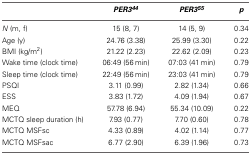
<table><thead><tr><td></td><td><b><i>PER3<sup>44</sup></i></b></td><td><b><i>PER3<sup>55</sup></i></b></td><td><b><i>p</i></b></td></tr></thead><tbody><tr><td><i>N</i> (m, f)</td><td>15 (8, 7)</td><td>14 (5, 9)</td><td>0.34</td></tr><tr><td>Age (y)</td><td>24.76 (3.38)</td><td>25.99 (3.30)</td><td>0.22</td></tr><tr><td>BMI (kg/m<sup>2</sup>)</td><td>21.22 (2.23)</td><td>22.62 (2.09)</td><td>0.23</td></tr><tr><td>Wake time (clock time)</td><td>06:49 (56 min)</td><td>07:03 (41 min)</td><td>0.79</td></tr><tr><td>Sleep time (clock time)</td><td>22:49 (56 min)</td><td>23:03 (41 min)</td><td>0.79</td></tr><tr><td>PSQI</td><td>3.11 (0.99)</td><td>2.82 (1.34)</td><td>0.66</td></tr><tr><td>ESS</td><td>3.83 (1.72)</td><td>4.09 (1.94)</td><td>0.67</td></tr><tr><td>MEQ</td><td>57.78 (6.94)</td><td>55.34 (10.09)</td><td>0.22</td></tr><tr><td>MCTQ sleep duration (h)</td><td>7.93 (0.77)</td><td>7.70 (0.60)</td><td>0.78</td></tr><tr><td>MCTQ MSFsc</td><td>4.33 (0.89)</td><td>4.02 (1.14)</td><td>0.77</td></tr><tr><td>MCTQ MSFsac</td><td>6.77 (2.90)</td><td>6.39 (1.96)</td><td>0.73</td></tr></tbody></table>